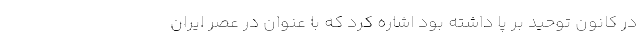
در کانون توحید بر پا داشته بود اشاره کرد که با عنوان در عصر ایران